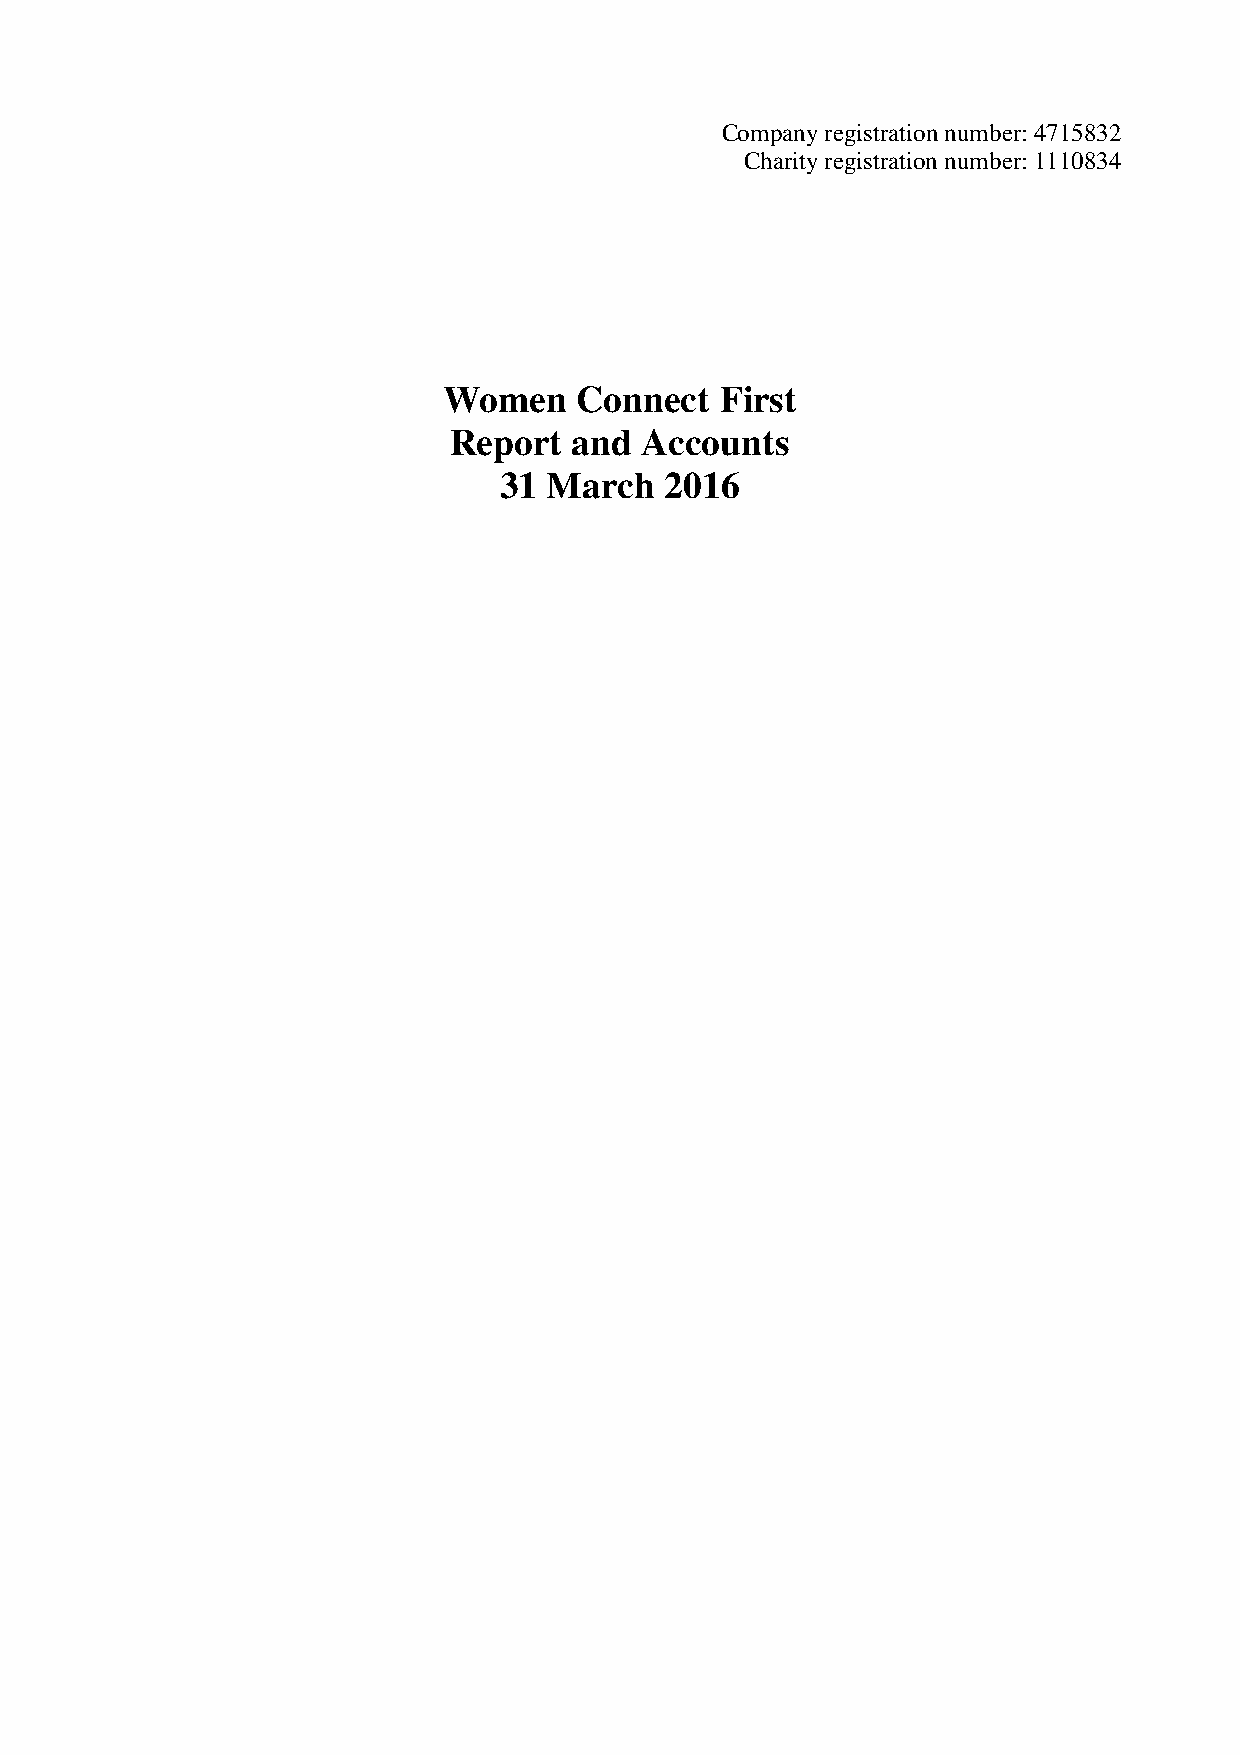
Company registration number: 4715832
 Charity registration number: 1110834
 Women    Connect   First
 Report  and  Accounts
 31 March   2016